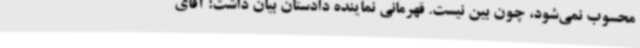
محسوب نمی‌شود، چون بین نیست. قهرمانی نماینده دادستان بیان داشت: آقای